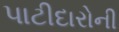
પાટીદારોની